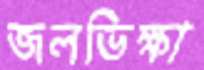
জলভিক্ষা